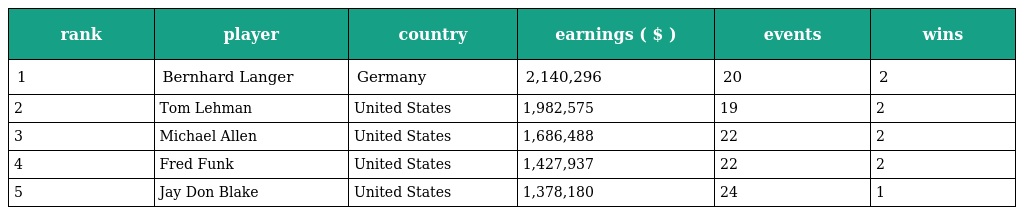
| rank | player | country | earnings ( $ ) | events | wins |
 | --- | --- | --- | --- | --- | --- |
 | 1 | Bernhard Langer | Germany | 2,140,296 | 20 | 2 |
 | 2 | Tom Lehman | United States | 1,982,575 | 19 | 2 |
 | 3 | Michael Allen | United States | 1,686,488 | 22 | 2 |
 | 4 | Fred Funk | United States | 1,427,937 | 22 | 2 |
 | 5 | Jay Don Blake | United States | 1,378,180 | 24 | 1 |